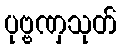
ပုဗ္ဗဏှသုတ်